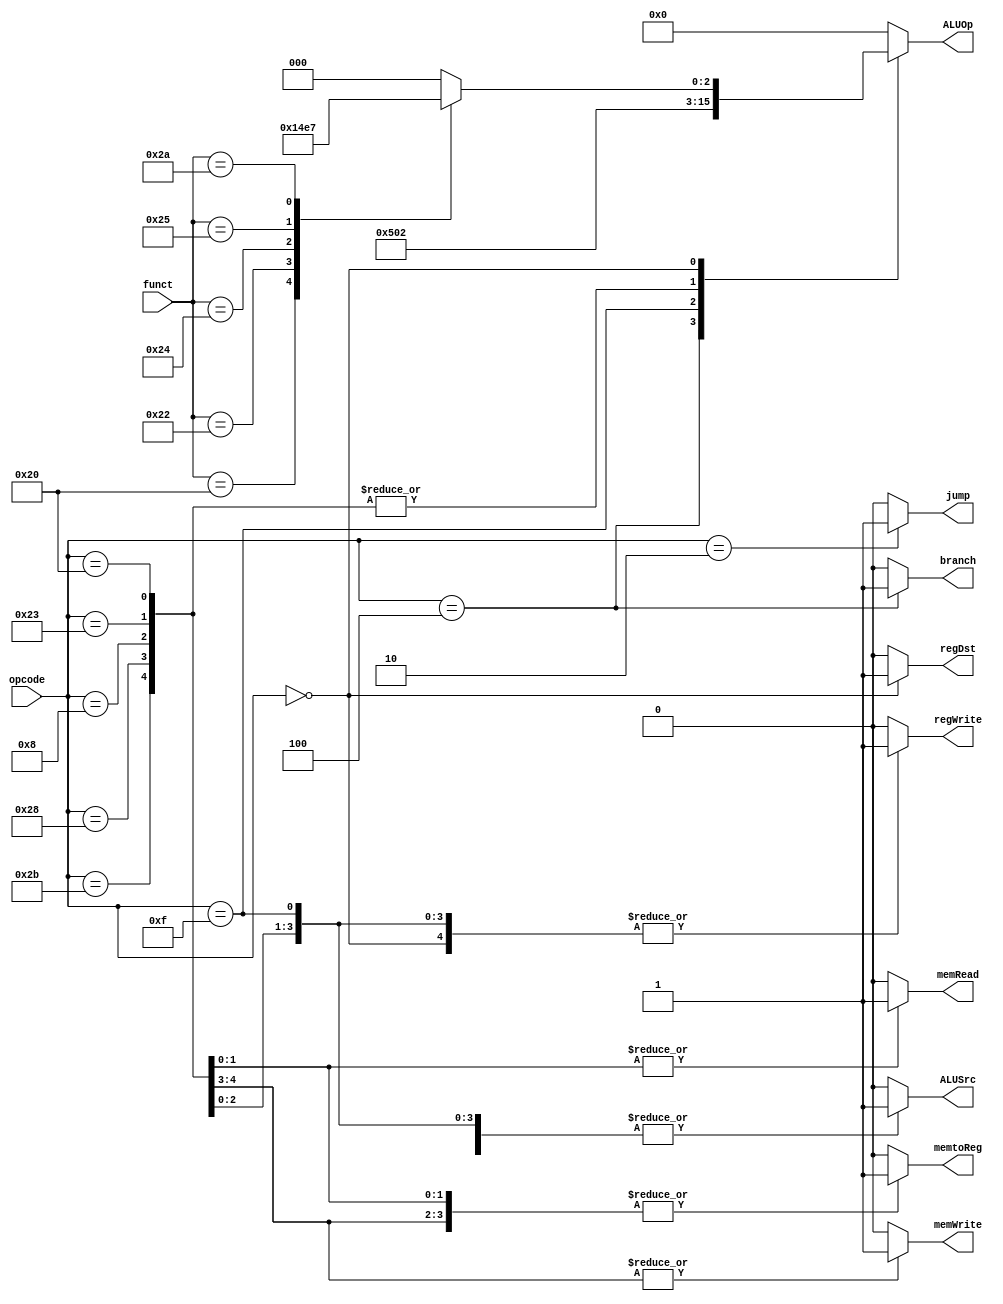
module Controller (
		   input [5:0] opcode,   
		   input [5:0] funct, 
		   output reg regDst,   
		   output reg branch, 
		   output reg memRead,  
		   output reg memWrite,
		   output reg [3:0] ALUOp,   
		   output reg memtoReg, 
		   output reg ALUSrc, 
		   output reg regWrite,
		   output reg jump
		   );
   
   //-------------------------------------------------------------------------------
   //  control logic.
   //-------------------------------------------------------------------------------
   always@(opcode or funct) begin
      case(opcode)

	6'b110000: //A fake opcode for writing to NoC
	  begin
	     regDst   <= 1'b0;
	     branch   <= 1'b0;
	     memRead  <= 1'b0;
	     memWrite <= 1'b0;
	     ALUOp    <= 4'b0000;
	     memtoReg <= 1'b0;
	     ALUSrc   <= 1'b0;
	     regWrite <= 1'b0;
	     jump     <= 1'b0;
	  end

	
	6'b000100: //Branch on Equal
	  begin
	     regDst   <= 1'b0;
	     branch   <= 1'b1;
	     memRead  <= 1'b0;
	     memWrite <= 1'b0;
	     ALUOp    <= 4'b0010;
	     memtoReg <= 1'b0;
	     ALUSrc   <= 1'b0;
	     regWrite <= 1'b0;
	     jump     <= 1'b0;
	  end

	6'b100011: //Load Word
	  begin
	     regDst   <= 1'b0;
	     branch   <= 1'b0;
	     memRead  <= 1'b1;
	     memWrite <= 1'b0;
	     ALUOp    <= 4'b0001;
	     memtoReg <= 1'b1;
	     ALUSrc   <= 1'b1;
	     regWrite <= 1'b1;
	     jump     <= 1'b0;
	  end

	6'b101011: //Store Word
	  begin
	     regDst   <= 1'b0;
	     branch   <= 1'b0;
	     memRead  <= 1'b0;
	     memWrite <= 1'b1;
	     ALUOp    <= 4'b0001;
	     memtoReg <= 1'b1;
	     ALUSrc   <= 1'b1;
	     regWrite <= 1'b0;
	     jump     <= 1'b0;
	  end

	6'b100000: //Load byte
	  begin
	     regDst   <= 1'b0;
	     branch   <= 1'b0;
	     memRead  <= 1'b1;
	     memWrite <= 1'b0;
	     ALUOp    <= 4'b0001;
	     memtoReg <= 1'b1;
	     ALUSrc   <= 1'b1;
	     regWrite <= 1'b1;
	     jump     <= 1'b0;
	  end

	6'b101000: //Store Word
	  begin
	     regDst   <= 1'b0;
	     branch   <= 1'b0;
	     memRead  <= 1'b0;
	     memWrite <= 1'b1;
	     ALUOp    <= 4'b0001;
	     memtoReg <= 1'b1;
	     ALUSrc   <= 1'b1;
	     regWrite <= 1'b0;
	     jump     <= 1'b0;
	  end

	6'b001111: //lui
	  begin
	     regDst   <= 1'b0;
	     branch   <= 1'b0;
	     memRead  <= 1'b0;
	     memWrite <= 1'b0;
	     ALUOp    <= 4'b1000;
	     memtoReg <= 1'b0;
	     ALUSrc   <= 1'b1;
	     regWrite <= 1'b1;
	     jump     <= 1'b0;
	  end

	6'b001000: //addi
	  begin
	     regDst   <= 1'b0;
	     branch   <= 1'b0;
	     memRead  <= 1'b0;
	     memWrite <= 1'b0;
	     ALUOp    <= 4'b0001;
	     memtoReg <= 1'b0;
	     ALUSrc   <= 1'b1;
	     regWrite <= 1'b1;
	     jump     <= 1'b0;
	  end

	6'b000010: //Jump
	  begin
	     regDst   <= 1'b0;
	     branch   <= 1'b0;
	     memRead  <= 1'b0;
	     memWrite <= 1'b0;
	     ALUOp    <= 4'b0000;
	     memtoReg <= 1'b0;
	     ALUSrc   <= 1'b0;
	     regWrite <= 1'b0;
	     jump     <= 1'b1;
	  end

	6'b000000: //R-type
	  begin
	     regDst   <= 1'b1;
	     branch   <= 1'b0;
	     memRead  <= 1'b0;
	     memWrite <= 1'b0;
	     memtoReg <= 1'b0;
	     ALUSrc   <= 1'b0;
	     regWrite <= 1'b1;
	     jump     <= 1'b0;
	     case (funct)
	       6'b100000: ALUOp <= 4'b0001; //ADD
	       6'b100010: ALUOp <= 4'b0010; //SUB
	       6'b100100: ALUOp <= 4'b0011; //AND
	       6'b100101: ALUOp <= 4'b0100; //OR
	       6'b101010: ALUOp <= 4'b0111; //SLT
	       default:   ALUOp <= 4'b0;
	     endcase
	  end

	default:
	  begin
	     regDst   <= 1'b0;
	     branch   <= 1'b0;
	     memRead  <= 1'b0;
	     memWrite <= 1'b0;
	     ALUOp    <= 4'b0000;
	     memtoReg <= 1'b0;
	     ALUSrc   <= 1'b0;
	     regWrite <= 1'b0;
	     jump     <= 1'b0;
	  end 
      endcase
   end
   
endmodule